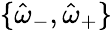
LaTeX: \{ \hat{\omega}_{-},\hat{\omega}_{+}\}